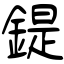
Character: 鍉